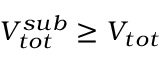
V _ { t o t } ^ { s u b } \geq V _ { t o t }